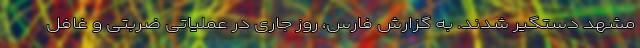
مشهد دستگیر شدند. به گزارش فارس، روز جاری در عملیاتی ضربتی و غافل